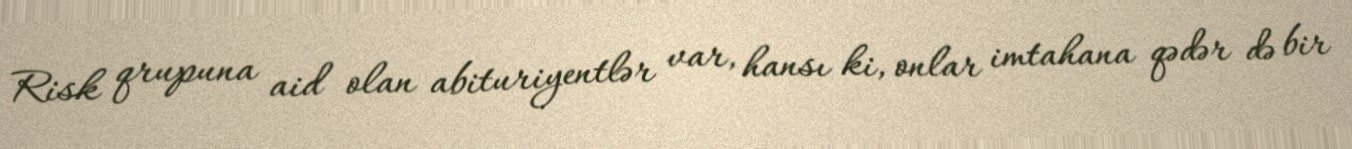
Risk qrupuna aid olan abituriyentlər var, hansı ki, onlar imtahana qədər də bir